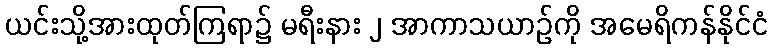
ယင်းသို့အားထုတ်ကြရာ၌ မရီးနား ၂ အာကာသယာဉ်ကို အမေရိကန်နိုင်ငံ